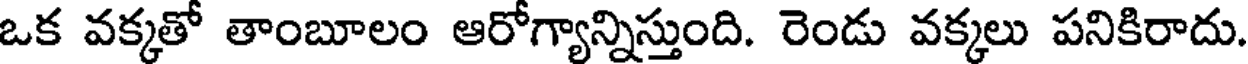
ఒక వక్కతో తాంబూలం ఆరోగ్యాన్నిస్తుంది. రెండు వక్కలు పనికిరాదు.